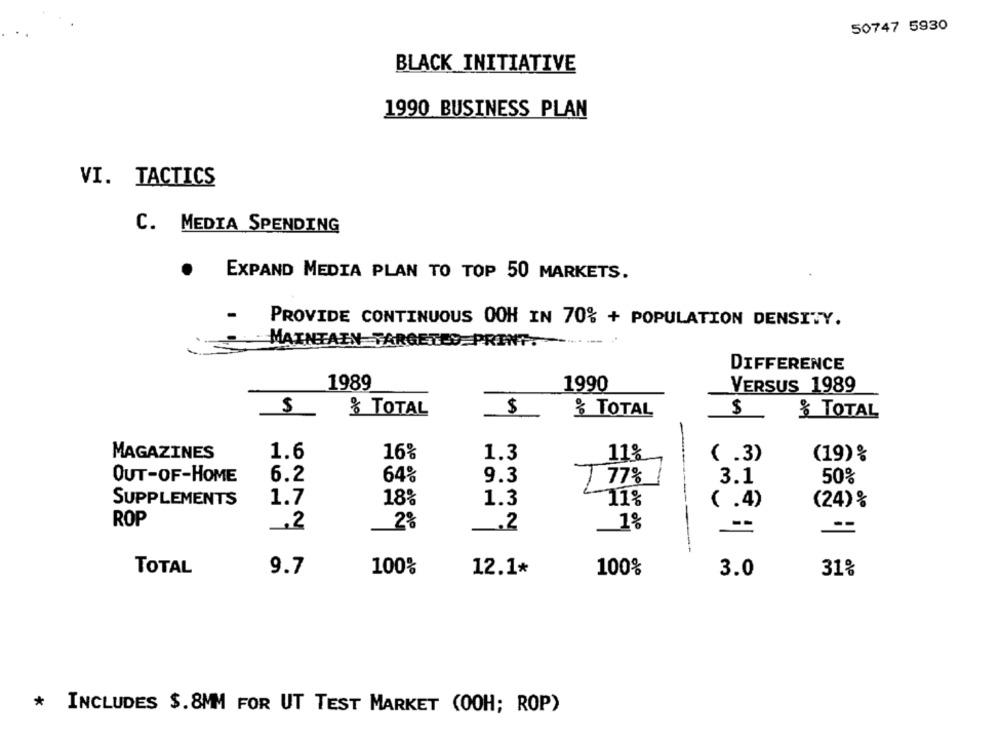
50747 5930
BLACK INITIATIVE
1990 BUSINESS PLAN
VI. TACTICS
C. MEDIA SPENDING
EXPAND MEDIA PLAN TO TOP 50 MARKETS.
PROVIDE CONTINUOUS OOH IN 70% + POPULATION DENSITY.
MAINTAIN TARGETED PRINT.
DIFFERENCE
1989
1990
VERSUS 1989
S
$
& TOTAL
& TOTAL
$
& TOTAL
MAGAZINES
1.6
16%
1.3
11%
( .3)
(19)%
OUT-OF-HOME
6.2
64%
9.3
T 7%
3.1
50%
SUPPLEMENTS
1.7
18%
1.3
11%
( .4)
(24) %
ROP
_. 2
2%
.2
--
TOTAL
9.7
100%
12.1*
100%
3.0
31%
* INCLUDES $.8MM FOR UT TEST MARKET (OOH; ROP)